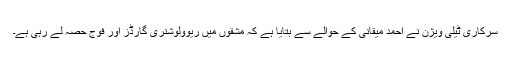
سرکاری ٹیلی ویژن نے احمد میقانی کے حوالے سے بتایا ہے کہ مشقوں میں ریوولوشنری گارڈز اور فوج حصہ لے رہی ہے۔